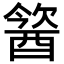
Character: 𨡢